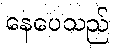
နေပေသည်